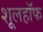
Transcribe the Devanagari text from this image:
शूलहॉफ